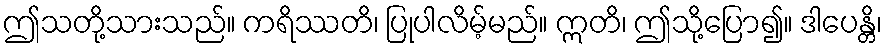
ဤသတို့သားသည်။ ကရိဿတိ၊ ပြုပါလိမ့်မည်။ ဣတိ၊ ဤသို့ပြော၍။ ဒါပေန္တိ၊